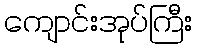
ကျောင်းအုပ်ကြီး